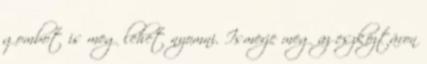
gombot is meg lehet nyomni. Ismerje meg az eszköztáron